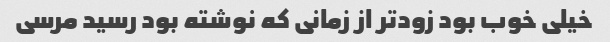
خیلی خوب بود زود‌تر از زمانی که نوشته بود رسید مرسی